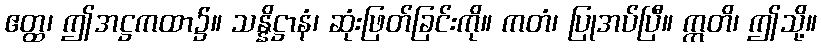
ဧတ္ထ၊ ဤအဋ္ဌကထာ၌။ သန္နိဋ္ဌာနံ၊ ဆုံးဖြတ်ခြင်းကို။ ကတံ၊ ပြုအပ်ပြီ။ ဣတိ၊ ဤသို့။